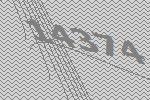
14374